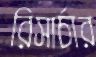
রিসার্চার